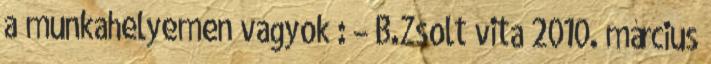
a munkahelyemen vagyok : – B.Zsolt vita 2010. március